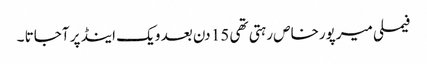
فیملی میرپورخاص رہتی تھی 15 دن بعد ویک اینڈ پر آجاتا ۔